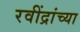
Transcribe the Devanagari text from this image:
रवींद्रांच्या